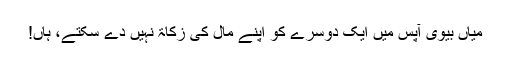
میاں بیوی آپس میں ایک دوسرے کو اپنے مال کی زکاۃ نہیں دے سکتے، ہاں!